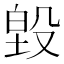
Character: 𭮵